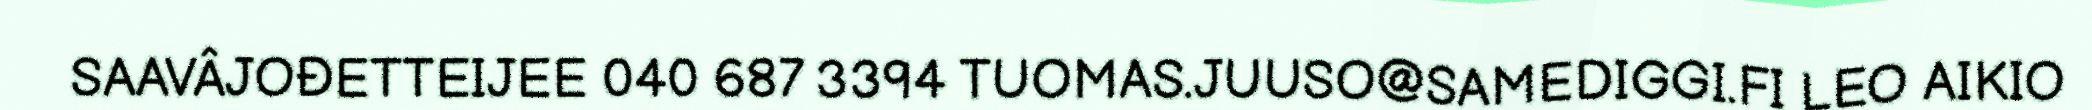
SAAVÂJOĐETTEIJEE 040 687 3394 TUOMAS.JUUSO@SAMEDIGGI.FI LEO AIKIO